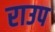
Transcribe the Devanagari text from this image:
राउप